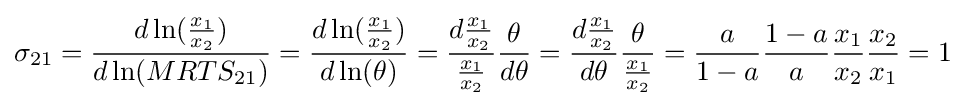
\sigma _{21}={\frac {d\ln({\frac {x_{1}}{x_{2}}})}{d\ln(MRTS_{21})}}={\frac {d\ln({\frac {x_{1}}{x_{2}}})}{d\ln(\theta )}}={\frac {d{\frac {x_{1}}{x_{2}}}}{\frac {x_{1}}{x_{2}}}}{\frac {\theta }{d\theta }}={\frac {d{\frac {x_{1}}{x_{2}}}}{d\theta }}{\frac {\theta }{\frac {x_{1}}{x_{2}}}}={\frac {a}{1-a}}{\frac {1-a}{a}}{\frac {x_{1}}{x_{2}}}{\frac {x_{2}}{x_{1}}}=1